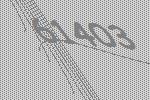
61403